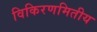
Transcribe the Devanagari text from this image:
विकिरणमितीय